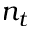
n _ { t }